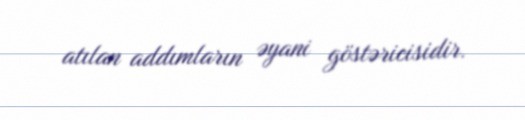
atılan addımların əyani göstəricisidir.